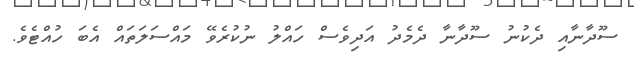
ސޫދާނާއި ދެކުނު ސޫދާނާ ދެމެދު އަދިވެސް ހައްލު ނުކުރެވޭ މައްސަލަތައް އެބަ ހުއްޓެވެ.